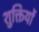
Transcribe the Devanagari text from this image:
शुक्तियों